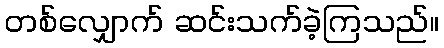
တစ်လျှောက် ဆင်းသက်ခဲ့ကြသည်။